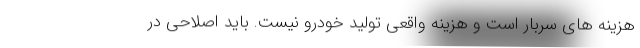
هزینه های سربار است و هزینه واقعی تولید خودرو نیست. باید اصلاحی در